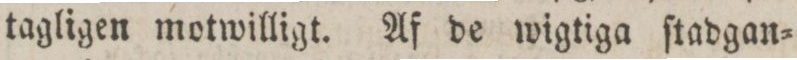
tagligen motwilligt. Af de wigtiga ſtadgan=